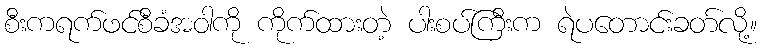
စီးကရက်ဖင်စီခံအဝါကို ကိုက်ထားတဲ့ ပါးစပ်ကြီးက ရဲပတောင်းခတ်လို့။